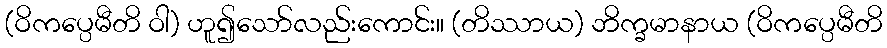
(ဝိကပ္ပေမီတိ ဝါ) ဟူ၍သော်လည်းကောင်း။ (တိဿာယ) ဘိက္ခမာနာယ (ဝိကပ္ပေမီတိ